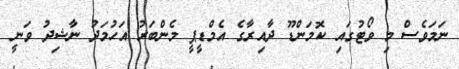
ނަމަވެސް މި ވޯޓުގައި ކޮމަންޑޫ ދާއިރާގެ އެމްޑީޕީ މެންބަރު އަހުމަދު ނާޝިދު ވަނީ